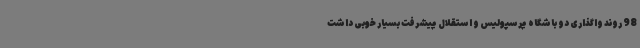
98 روند واگذاری دو باشگاه پرسپولیس و استقلال پیشرفت بسیار خوبی داشت